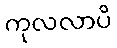
ကုလလာပိ